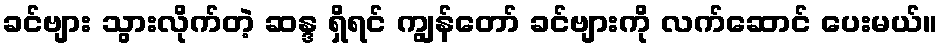
ခင်ဗျား သွားလိုက်တဲ့ ဆန္ဒ ရှိရင် ကျွန်တော် ခင်ဗျားကို လက်ဆောင် ပေးမယ်။